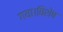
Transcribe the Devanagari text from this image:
गया।विशेष